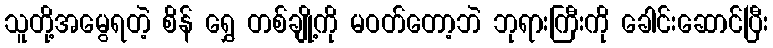
သူတို့အမွေရတဲ့ စိန် ရွှေ တစ်ချို့ကို မဝတ်တော့ဘဲ ဘုရားကြီးကို ခေါင်းဆောင်ပြီး